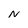
Character: N